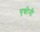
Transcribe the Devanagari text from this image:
एबोनी